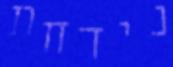
נידחת